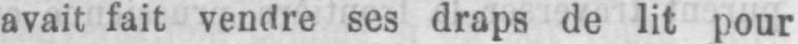
avait fait vendre ses draps de lit pour